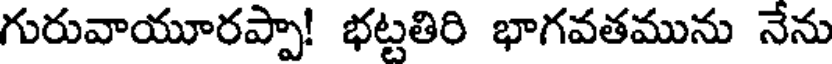
గురువాయూరప్పా! భట్టతిరి భాగవతమును నేను